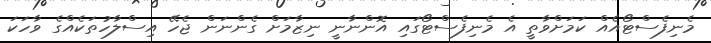
މެނިފެސްޓޯއެއް ކަމަށްވާތީ އެ މެނިފެސްޓޯގައި އޮންނާނީ ނިޒާމަށް ގެންނަން ޖެހޭ އިސްލާހުތަކެއްގެ ވާހަކަ